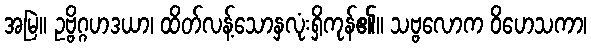
အမြဲ။ ဥဗ္ဗိဂ္ဂဟဒယာ၊ ထိတ်လန့်သောနှလုံးရှိကုန်၏။ သဗ္ဗလောက ဝိဟေသကာ၊